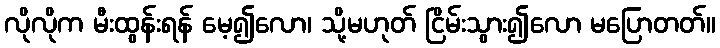
လိုလိုက မီးထွန်းရန် မေ့၍လော၊ သို့မဟုတ် ငြိမ်းသွား၍လော မပြောတတ်။